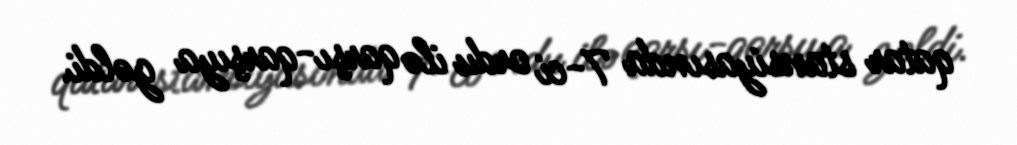
qatar stansiyasında 7-ci ordu ilə qarşı-qarşıya gəldi.